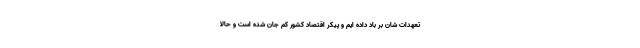
تعهدات شان بر باد داده ایم و پیکر اقتصاد کشور کم جان شده است و حالا